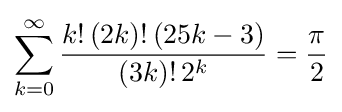
\sum _{k=0}^{\infty }{\frac {k!\,(2k)!\,(25k-3)}{(3k)!\,2^{k}}}={\frac {\pi }{2}}